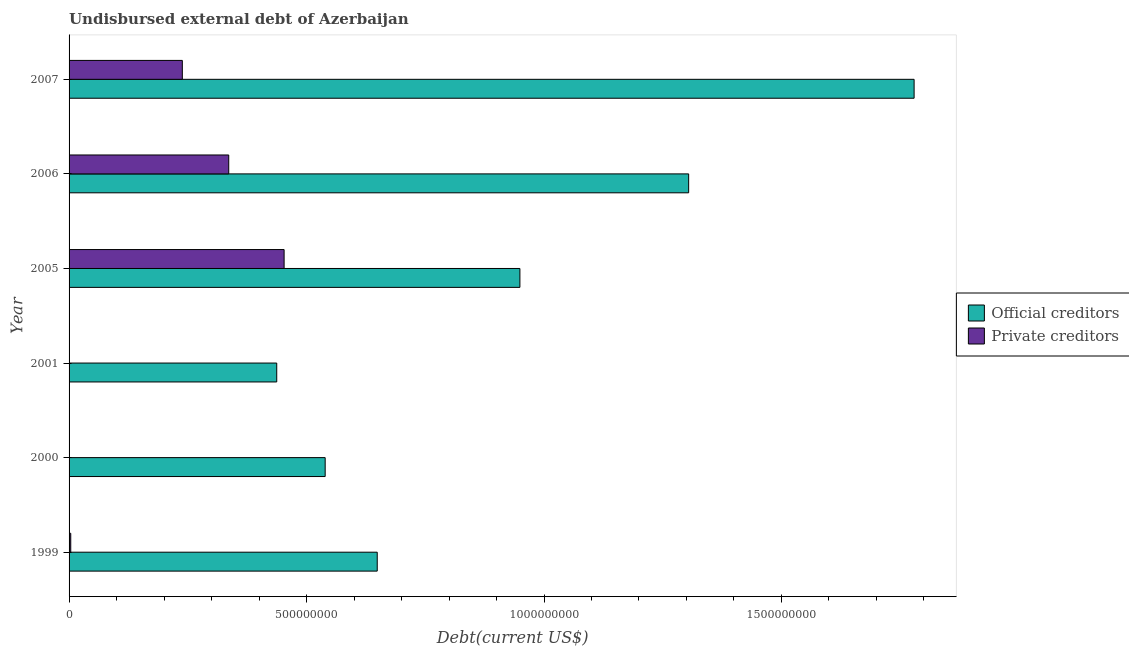
| Year | Official creditors | Private creditors |
 | --- | --- | --- |
 | 1999 | 6.49e+08 | 3.53e+06 |
 | 2000 | 5.39e+08 | 5.81e+05 |
 | 2001 | 4.37e+08 | 4.4e+04 |
 | 2005 | 9.49e+08 | 4.53e+08 |
 | 2006 | 1.3e+09 | 3.36e+08 |
 | 2007 | 1.78e+09 | 2.38e+08 |